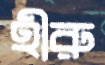
হীরু